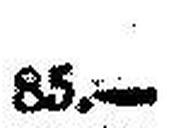
85.—